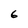
Character: 6